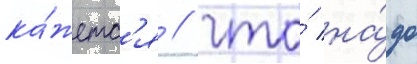
ка́жетс'я / что́ на́до